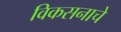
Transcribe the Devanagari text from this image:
विकसनाचे